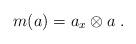
LaTeX: \begin{align*}m(a)=a_x\otimes a\;.\end{align*}